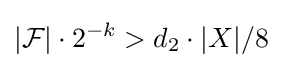
|{\mathcal {F}}|\cdot 2^{-k}>d_{2}\cdot |X|/8